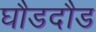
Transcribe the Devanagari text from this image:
घौडदौड